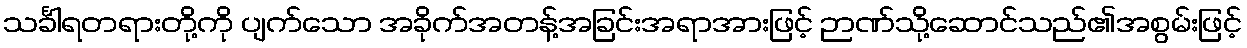
သင်္ခါရတရားတို့ကို ပျက်သော အခိုက်အတန့်အခြင်းအရာအားဖြင့် ဉာဏ်သို့ဆောင်သည်၏အစွမ်းဖြင့်